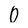
Character: 0